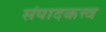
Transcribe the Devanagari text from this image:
संपादकत्त्व